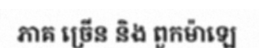
ភាគ ច្រើន និង ពួកម៉ាឡេ